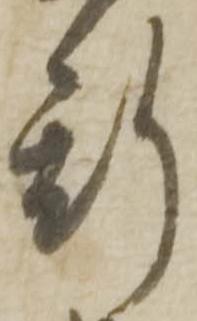
斯